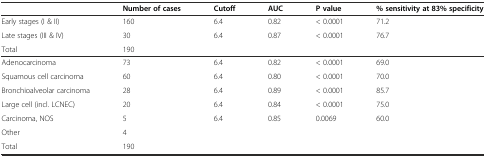
<table><thead><tr><td></td><td><b>Number of cases</b></td><td><b>Cutoff</b></td><td><b>AUC</b></td><td><b>P value</b></td><td><b>% sensitivity at 83% specificity</b></td></tr></thead><tbody><tr><td>Early stages (I &amp; II)</td><td>160</td><td>6.4</td><td>0.82</td><td>&lt; 0.0001</td><td>71.2</td></tr><tr><td>Late stages (III &amp; IV)</td><td>30</td><td>6.4</td><td>0.87</td><td>&lt; 0.0001</td><td>76.7</td></tr><tr><td>Total</td><td>190</td><td colspan="4"></td></tr><tr><td>Adenocarcinoma</td><td>73</td><td>6.4</td><td>0.82</td><td>&lt; 0.0001</td><td>69.0</td></tr><tr><td>Squamous cell carcinoma</td><td>60</td><td>6.4</td><td>0.80</td><td>&lt; 0.0001</td><td>70.0</td></tr><tr><td>Bronchioalveolar carcinoma</td><td>28</td><td>6.4</td><td>0.89</td><td>&lt; 0.0001</td><td>85.7</td></tr><tr><td>Large cell (incl. LCNEC)</td><td>20</td><td>6.4</td><td>0.84</td><td>&lt; 0.0001</td><td>75.0</td></tr><tr><td>Carcinoma, NOS</td><td>5</td><td>6.4</td><td>0.85</td><td>0.0069</td><td>60.0</td></tr><tr><td>Other</td><td>4</td><td></td><td></td><td></td><td></td></tr><tr><td>Total</td><td>190</td><td></td><td></td><td></td><td></td></tr></tbody></table>